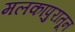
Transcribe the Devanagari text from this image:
मलकापुरातून